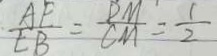
\frac { A F } { E B } = \frac { B M } { C M } = \frac { 1 } { 2 }